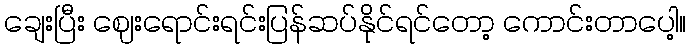
ချေးပြီး ဈေးရောင်းရင်းပြန်ဆပ်နိုင်ရင်တော့ ကောင်းတာပေါ့။